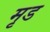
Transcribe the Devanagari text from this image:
मृड